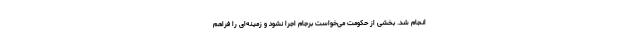
انجام شد. بخشی از حکومت می‌خواست برجام اجرا نشود و زمینه‌ای را فراهم